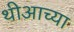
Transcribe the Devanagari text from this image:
थीआच्या